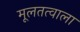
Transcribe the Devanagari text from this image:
मूलतत्वाला